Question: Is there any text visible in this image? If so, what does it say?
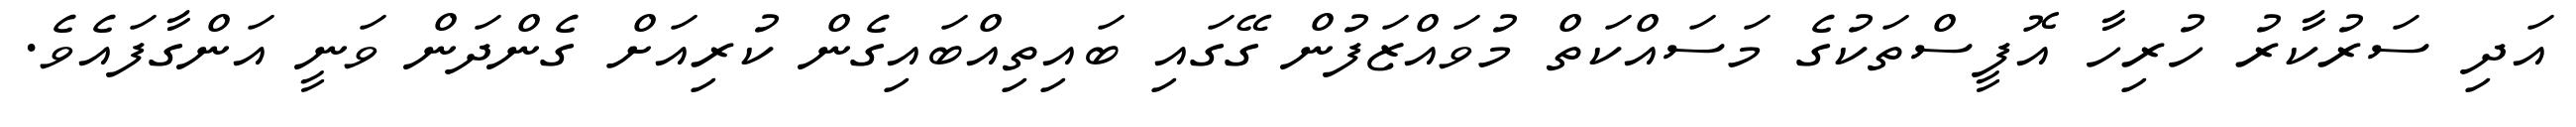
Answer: އަދި ސަރުކާރު ހުރިހާ އޮފީސްތަކުގެ މަސައްކަތް މުވައްޒަފުން ގޭގައި ބައިތިއްބައިގެން ކުރިއަށް ގެންދަން ވަނީ އަންގާފައެވެ.